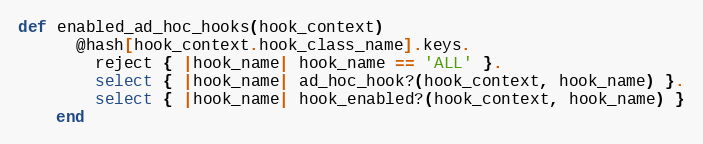
Language: Ruby
def enabled_ad_hoc_hooks(hook_context)
      @hash[hook_context.hook_class_name].keys.
        reject { |hook_name| hook_name == 'ALL' }.
        select { |hook_name| ad_hoc_hook?(hook_context, hook_name) }.
        select { |hook_name| hook_enabled?(hook_context, hook_name) }
    end